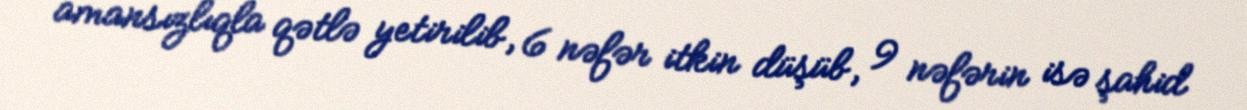
amansızlıqla qətlə yetirilib, 6 nəfər itkin düşüb, 9 nəfərin isə şahid